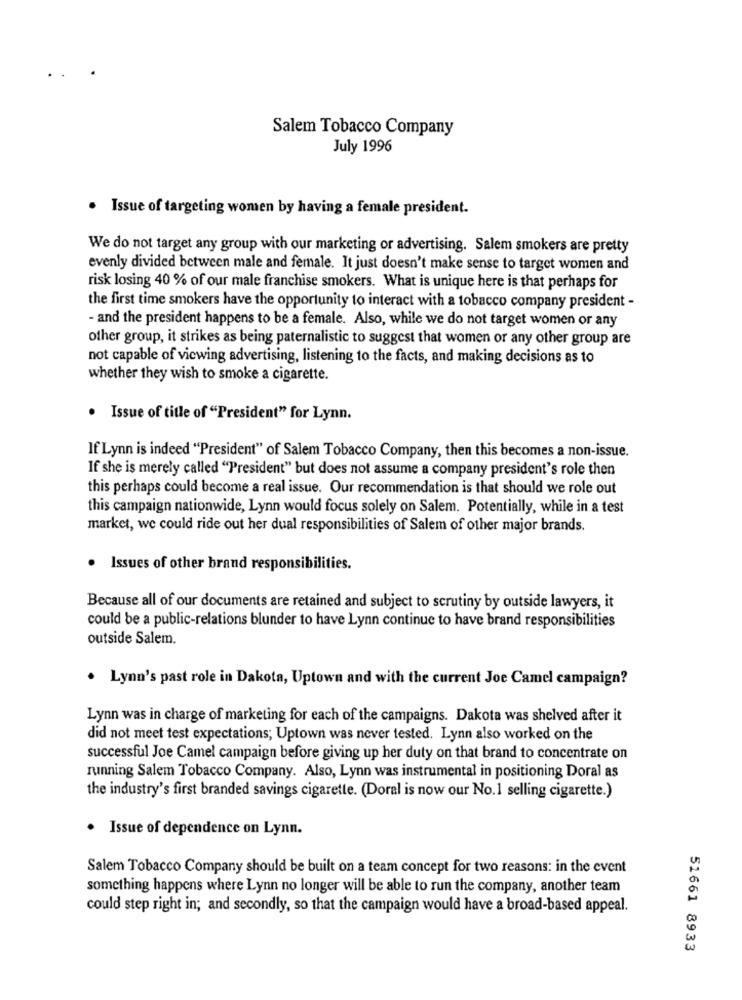
Salem Tobacco Company
July 1996
. Issue of targeting women by having a female president.
We do not target any group with our marketing or advertising. Salem smokers are pretty
evenly divided between male and female. It just doesn't make sense to target women and
risk losing 40 % of our male franchise smokers. What is unique here is that perhaps for
the first time smokers have the opportunity to interact with a tobacco company president -
- and the president happens to be a female. Also, while we do not target women or any
other group, it strikes as being paternalistic to suggest that women or any other group are
not capable of viewing advertising, listening to the facts, and making decisions as to
whether they wish to smoke a cigarette.
. Issue of title of "President" for Lynn.
If Lynn is indeed "President" of Salem Tobacco Company, then this becomes a non-issue.
If she is merely called "President" but does not assume a company president's role then
this perhaps could become a real issue. Our recommendation is that should we role out
this campaign nationwide, Lynn would focus solely on Salem. Potentially, while in a test
market, we could ride out her dual responsibilities of Salem of other major brands.
· Issues of other brand responsibilities.
Because all of our documents are retained and subject to scrutiny by outside lawyers, it
could be a public-relations blunder to have Lynn continue to have brand responsibilities
outside Salem.
. Lynn's past role in Dakota, Uptown and with the current Joe Camel campaign?
Lynn was in charge of marketing for each of the campaigns. Dakota was shelved after it
did not meet test expectations; Uptown was never tested. Lynn also worked on the
successful Joe Camel campaign before giving up her duty on that brand to concentrate on
running Salem Tobacco Company. Also, Lynn was instrumental in positioning Doral as
the industry's first branded savings cigarette. (Doral is now our No.1 selling cigarette.)
· Issue of dependence on Lynn.
Salem Tobacco Company should be built on a team concept for two reasons: in the event
something happens where Lynn no longer will be able to run the company, another team
could step right in; and secondly, so that the campaign would have a broad-based appeal.
51661 8933